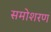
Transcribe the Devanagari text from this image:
समोशरण